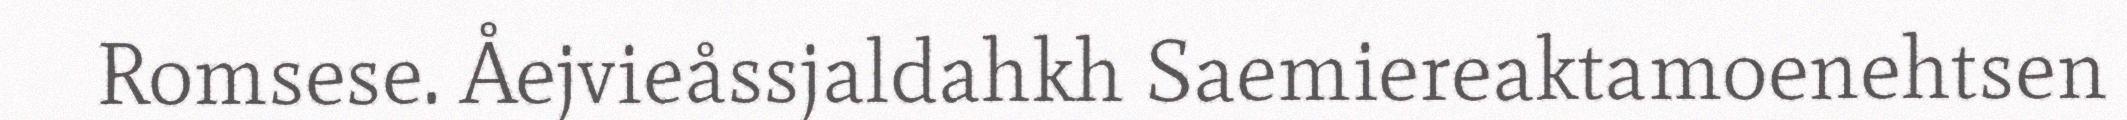
Romsese. Åejvieåssjaldahkh Saemiereaktamoenehtsen